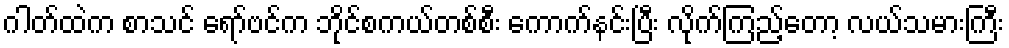
ဂါတ်ထဲက စာသင် ရော်ဗင်က ဘိုင်စကယ်တစ်စီး ကောက်နင်းပြီး လိုက်ကြည့်တော့ လယ်သမားကြီး